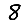
Digit: 8